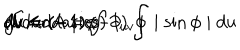
LaTeX: \int K d A = ( - 1 ) \int \mid \sin \phi \mid d u \hspace { 0 . 1 c m } d v = ( - 1 ) \int \partial _ { u v } \phi \hspace { 0 . 2 c m } d u \hspace { 0 . 1 c m } d v = ( - 1 ) \phi \hspace { 0 . 1 c m } \textrm { ( b o u n d a r i e s ) }